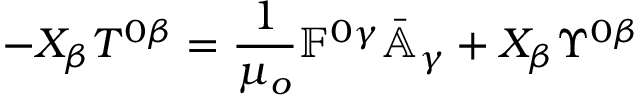
- X _ { \beta } T ^ { 0 \beta } = \frac { 1 } { \mu _ { o } } \mathbb { F } ^ { 0 \gamma } \bar { \mathbb { A } } _ { \gamma } + X _ { \beta } \Upsilon ^ { 0 \beta }